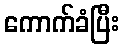
ကောက်ခံပြီး